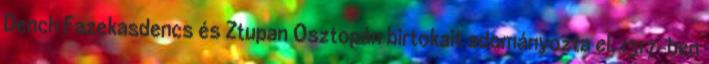
Dench Fazekasdencs és Ztupan Osztopán birtokait adományozta el. 1317-ben